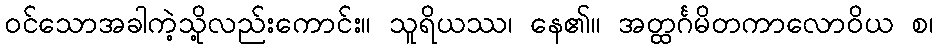
ဝင်သောအခါကဲ့သို့လည်းကောင်း။ သူရိယဿ၊ နေ၏။ အတ္ထင်္ဂမိတကာလောဝိယ စ၊